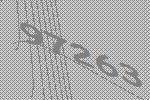
97263